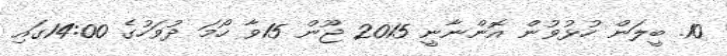
10. ބީލަން ހުޅުވުން އޮންނާނީ 2015 ޖޫން 15ވާ ހޯމަ ދުވަހުގެ 14:00ގައި